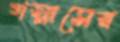
গস্নাসের